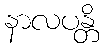
နာလပန္တိ